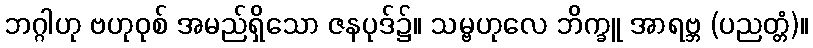
ဘဂ္ဂါဟု ဗဟုဝုစ် အမည်ရှိသော ဇနပုဒ်၌။ သမ္ဗဟုလေ ဘိက္ခူ အာရဗ္ဘ (ပညတ္တံ)။